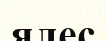
ялес